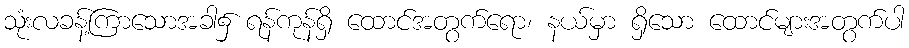
သုံးလခန့်ကြာသောအခါ၌ ရန်ကုန်ရှိ ထောင်အတွက်ရော၊ နယ်မှာ ရှိသော ထောင်များအတွက်ပါ